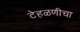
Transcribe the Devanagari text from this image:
टेहळणीचा